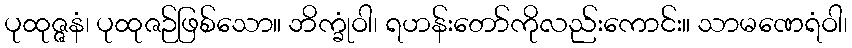
ပုထုဇ္ဇနံ၊ ပုထုဇဉ်ဖြစ်သော။ ဘိက္ခုံဝါ၊ ရဟန်းတော်ကိုလည်းကောင်း။ သာမဏေရံဝါ၊